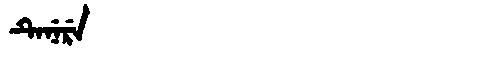
Manchu: ᡨᡝᠨᡝᡵᡝ
Romanization: TENERE